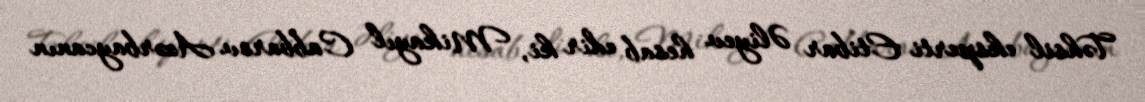
Təhsil eksperti Etibar Əliyev hesab edir ki, Mikayıl Cabbarov Azərbaycanın